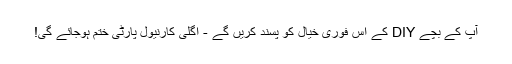
آپ کے بچے DIY کے اس فوری خیال کو پسند کریں گے - اگلی کارنیول پارٹی ختم ہوجائے گی!